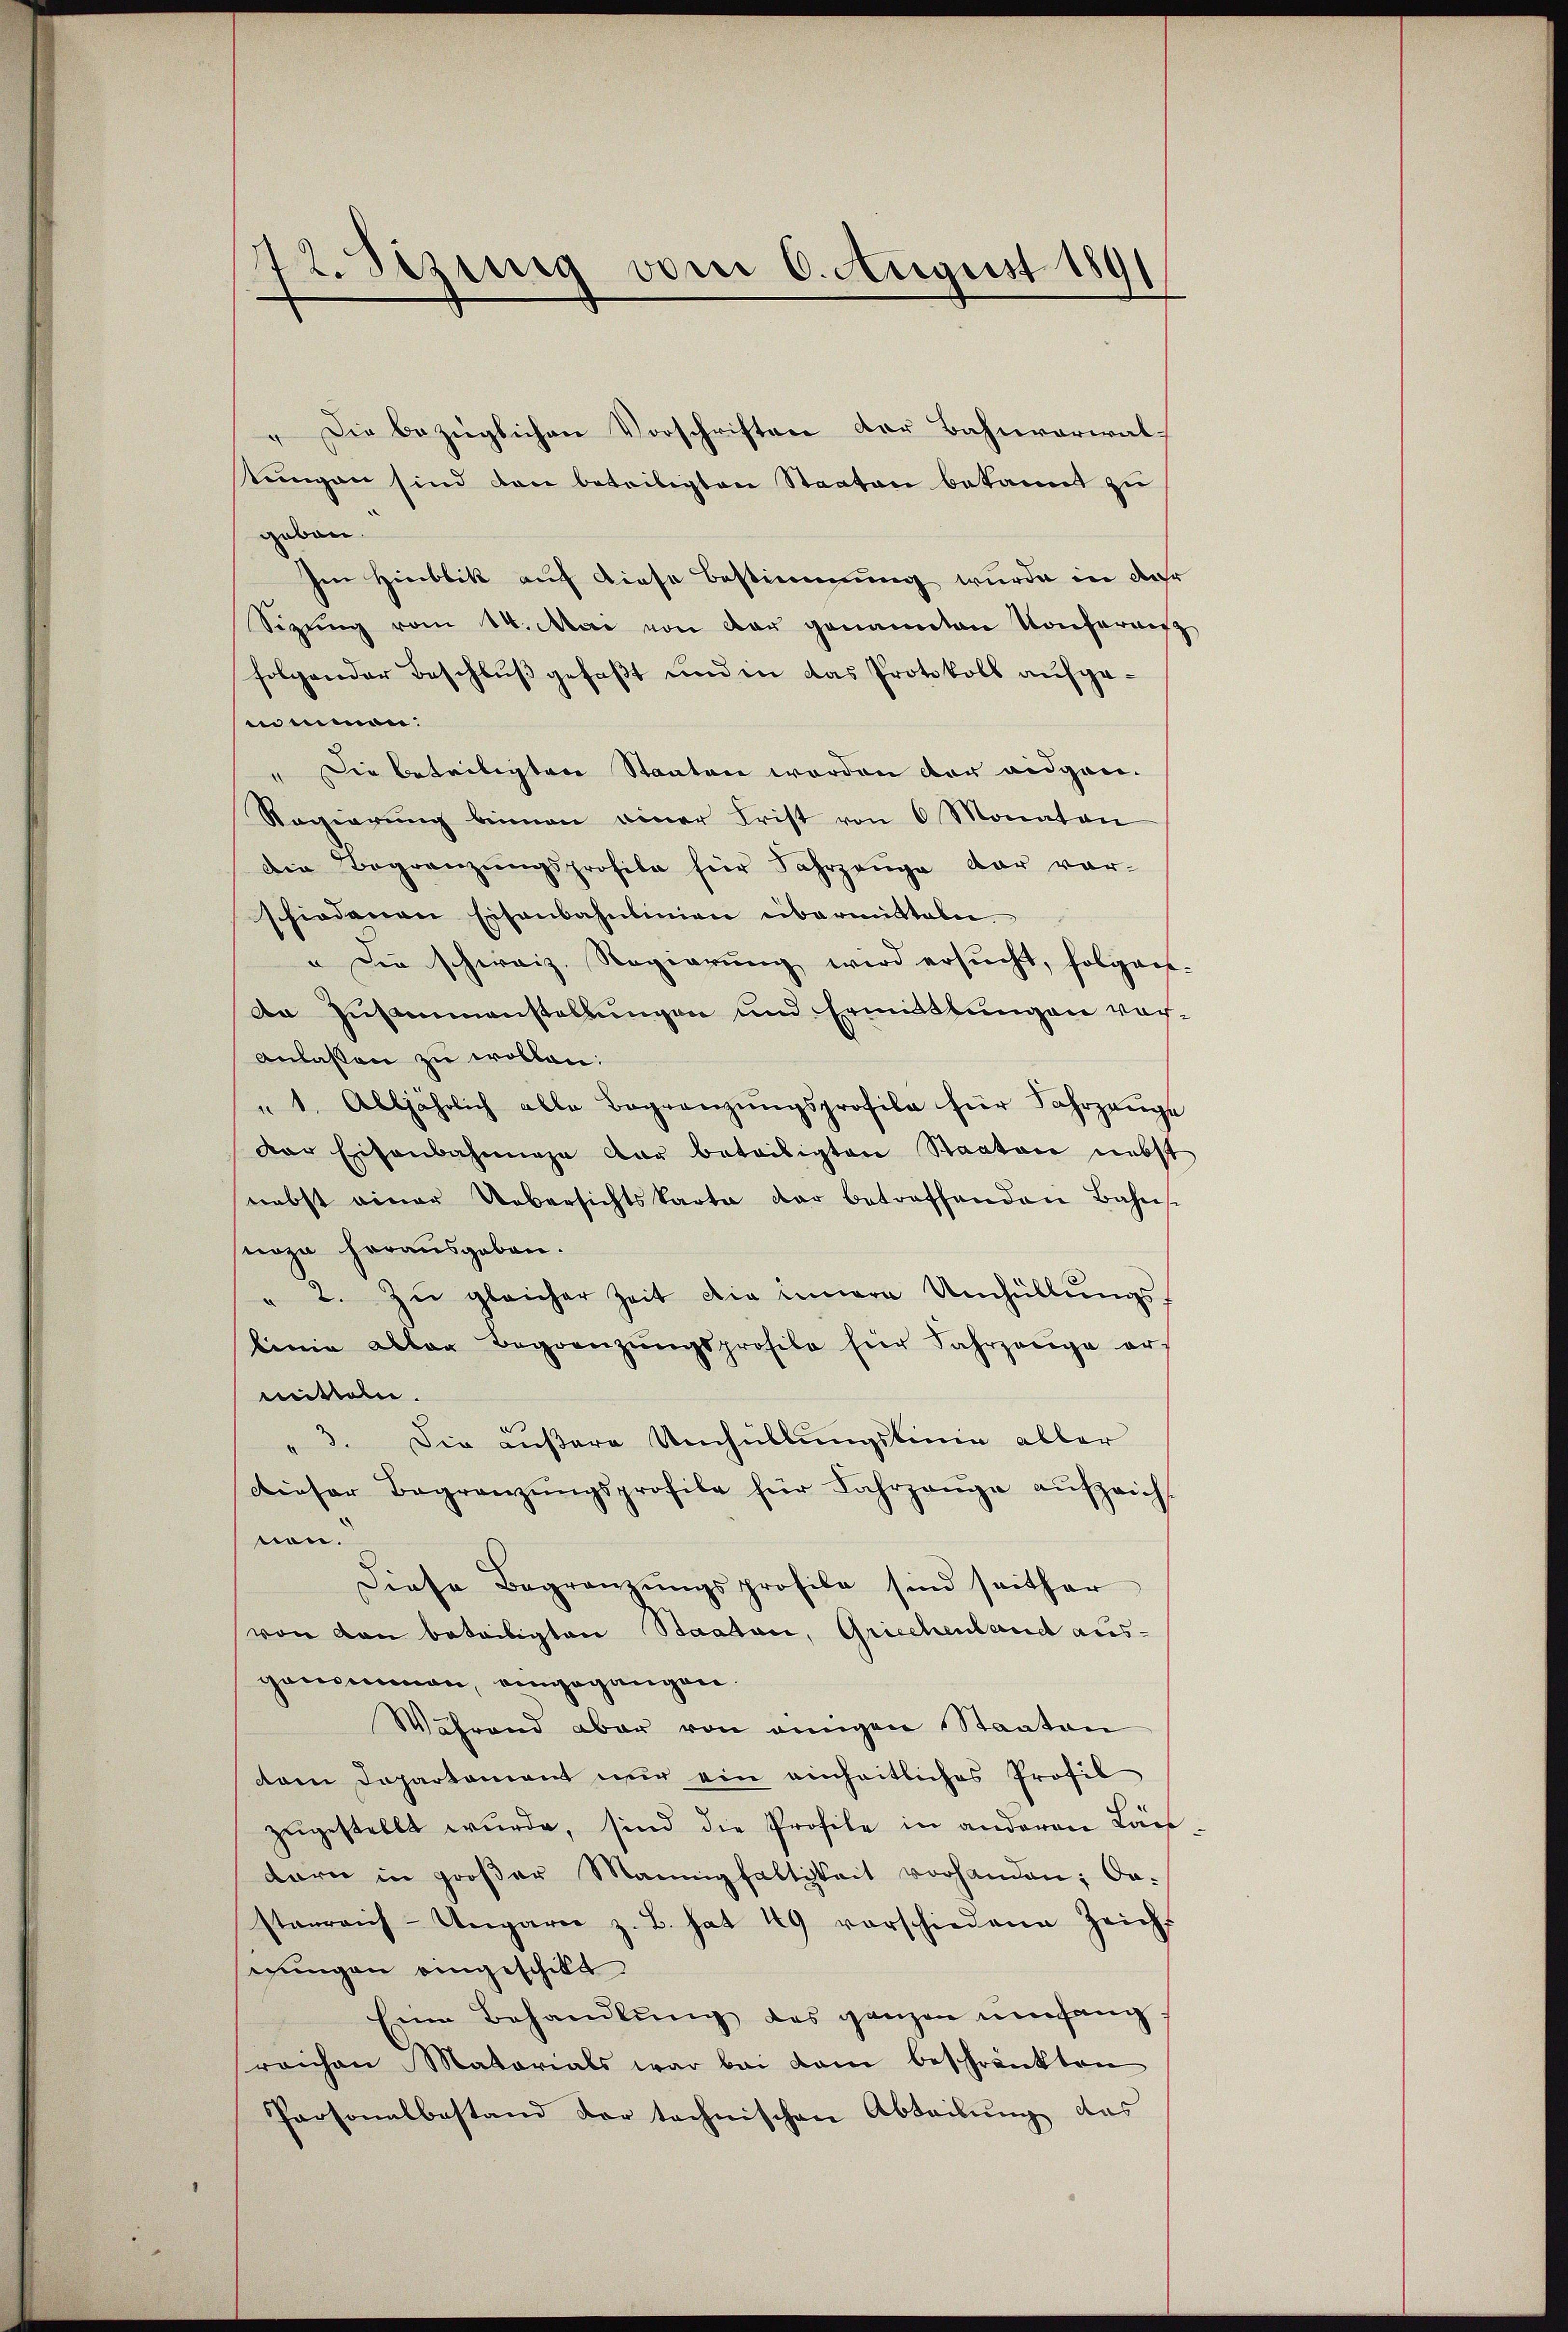
72. Sezing vom 6. August 1891

" Die bezüglichen Vorschriften der Bahnverwalstungen sind dann beteiligten Staaten bekannt zu
geben.
Im Hinblik auf diese Bestimmung wurde in der
Sizŭng vom 14. Mai von der genannten Konferenz
folgender Beschluß gefaßt und in das Protokoll aufgennimmen:
" Die beteiligten Staaten werden der eidgen.
Ragierŭng binnen einer Frist von 6 Monaten
Die Begränzŭngsprofile für Fahrzeuge dar vor-
schiedenen Eisenbahnlinien übermitteln.
 Die schweiz. Regierung wird ersucht, folgers-
da Zusammenstellungen und Ermittlungen vor¬
Anlassen zu wollen:
" 1. Alljährlich alle Begränzŭngsprofila für Fahrzeŭge
der Eisenbahnne dar beteiligten Staaten nebst
nebst einer Uebersichtskarta dar betreffenden Bahnst
noza herausgeben.
" 2. Zŭ gleicher Zeit die innern Umhüllŭngs-
binie alter Begränzŭngsprofile hier Jahrzeuge ers
mitteln.
" 3. Die außere Umhüllungslinie aller
dieser Begränzŭngsprofile für Fahrgange aŭfzeich
nen.
Diese Begränzŭngsprofile sind seither
von den beteiligten Staaten, Griechenland aus-
genommen, eingegangen.
Während aber von einigen Staaten
dam Departement nur ein einheitliches Profil
zugestellt wurde, sind die Profile in anderen Ländare in großer Mannigfaltigkeit vorhanden; dastarreich-Ungarer z. B. hat 49 verschiedene Zeicht
mungen eingeschikt
Eine Behandlung des ganzen umfang
reichen Matorials war bei kam beschränkten
Personalbestand der technischen Abteilung das